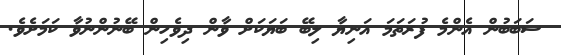
ސަބަބުން އެންމެ ފުރަތަމަ އަނިޔާ ލިބޭ ބަޔަކަށް ވާން ދިވެހިން ބޭނުންނުވާ ކަމަށެވެ.